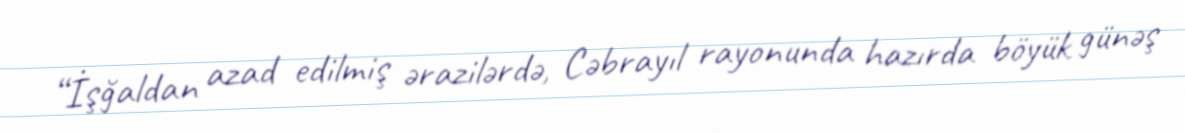
“İşğaldan azad edilmiş ərazilərdə, Cəbrayıl rayonunda hazırda böyük günəş